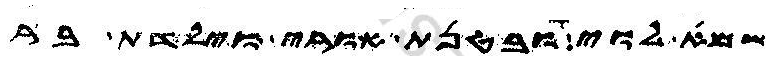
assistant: שמא לוי ובטנת אורי וילדת בר